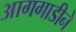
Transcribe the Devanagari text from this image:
आगगाडीने